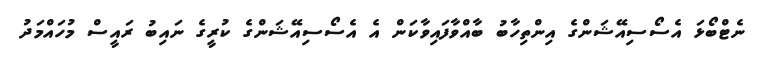
ނެޓްބޯޅަ އެސޯސިއޭޝަންގެ އިންތިހާބު ބާއްވާފައިވާކަން އެ އެސޯސިއޭޝަންގެ ކުރީގެ ނައިބު ރައީސް މުހައްމަދު